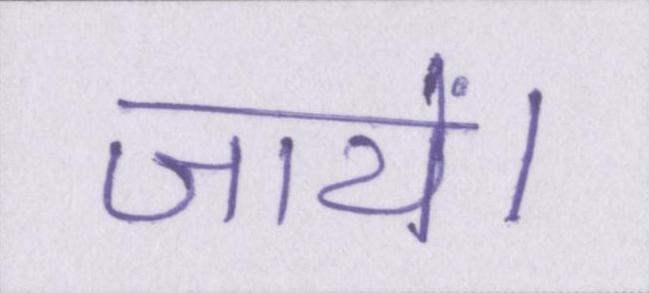
जायें।